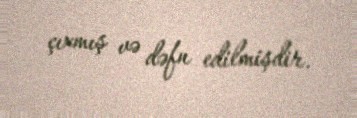
çıxmış və dəfn edilmişdir.